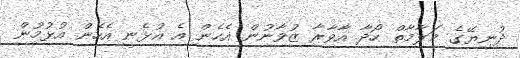
ދުނިޔޭގެ މަލާމާތް ހޯދާ އާވާރާ ޒުވާނުން އެހެން އެ އުޅެނީ އެހެން އުޅުމުން